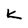
Character: k